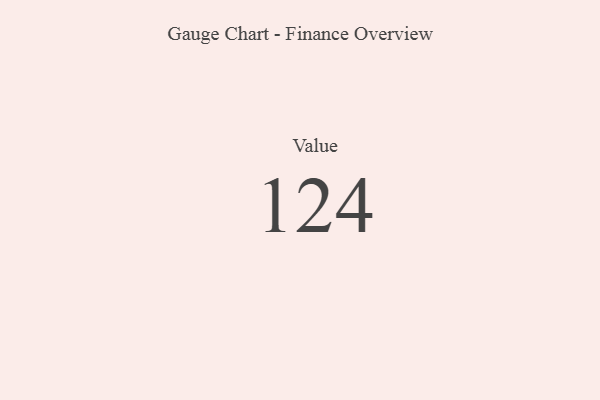
{"axis": {"x": "Metric", "y": "Value"}, "legend": [""], "data": [{"x": "Value", "y": 124, "type": ""}]}